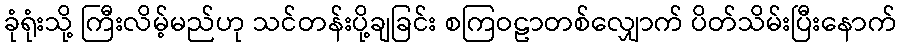
ခုံရုံးသို့ ကြီးလိမ့်မည်ဟု သင်တန်းပို့ချခြင်း စကြဝဠာတစ်လျှောက် ပိတ်သိမ်းပြီးနောက်